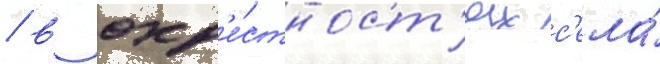
/ в окр'е́стност'ях с'ела́